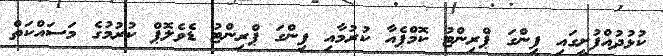
ކުޅުދުއްފުށީގައި ފިންގަ ޕްރިންޓު ކޮމްޕެއާ ކުރުމާއި ފިންގަ ޕްރިންޓު ޑެވެލޮޕް ކުރުމުގެ މަސައްކަތް